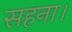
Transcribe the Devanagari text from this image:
सहना।